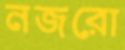
নজরো